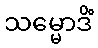
သမ္မောဒိံ